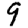
Digit: 9